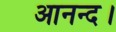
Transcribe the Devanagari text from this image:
आनन्द।